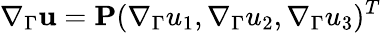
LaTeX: \nabla_{\Gamma}\mathbf u=\mathbf P(\nabla_{\Gamma}u_{1},\nabla_{\Gamma}u_{2},\nabla_{\Gamma}u_{3})^{T}